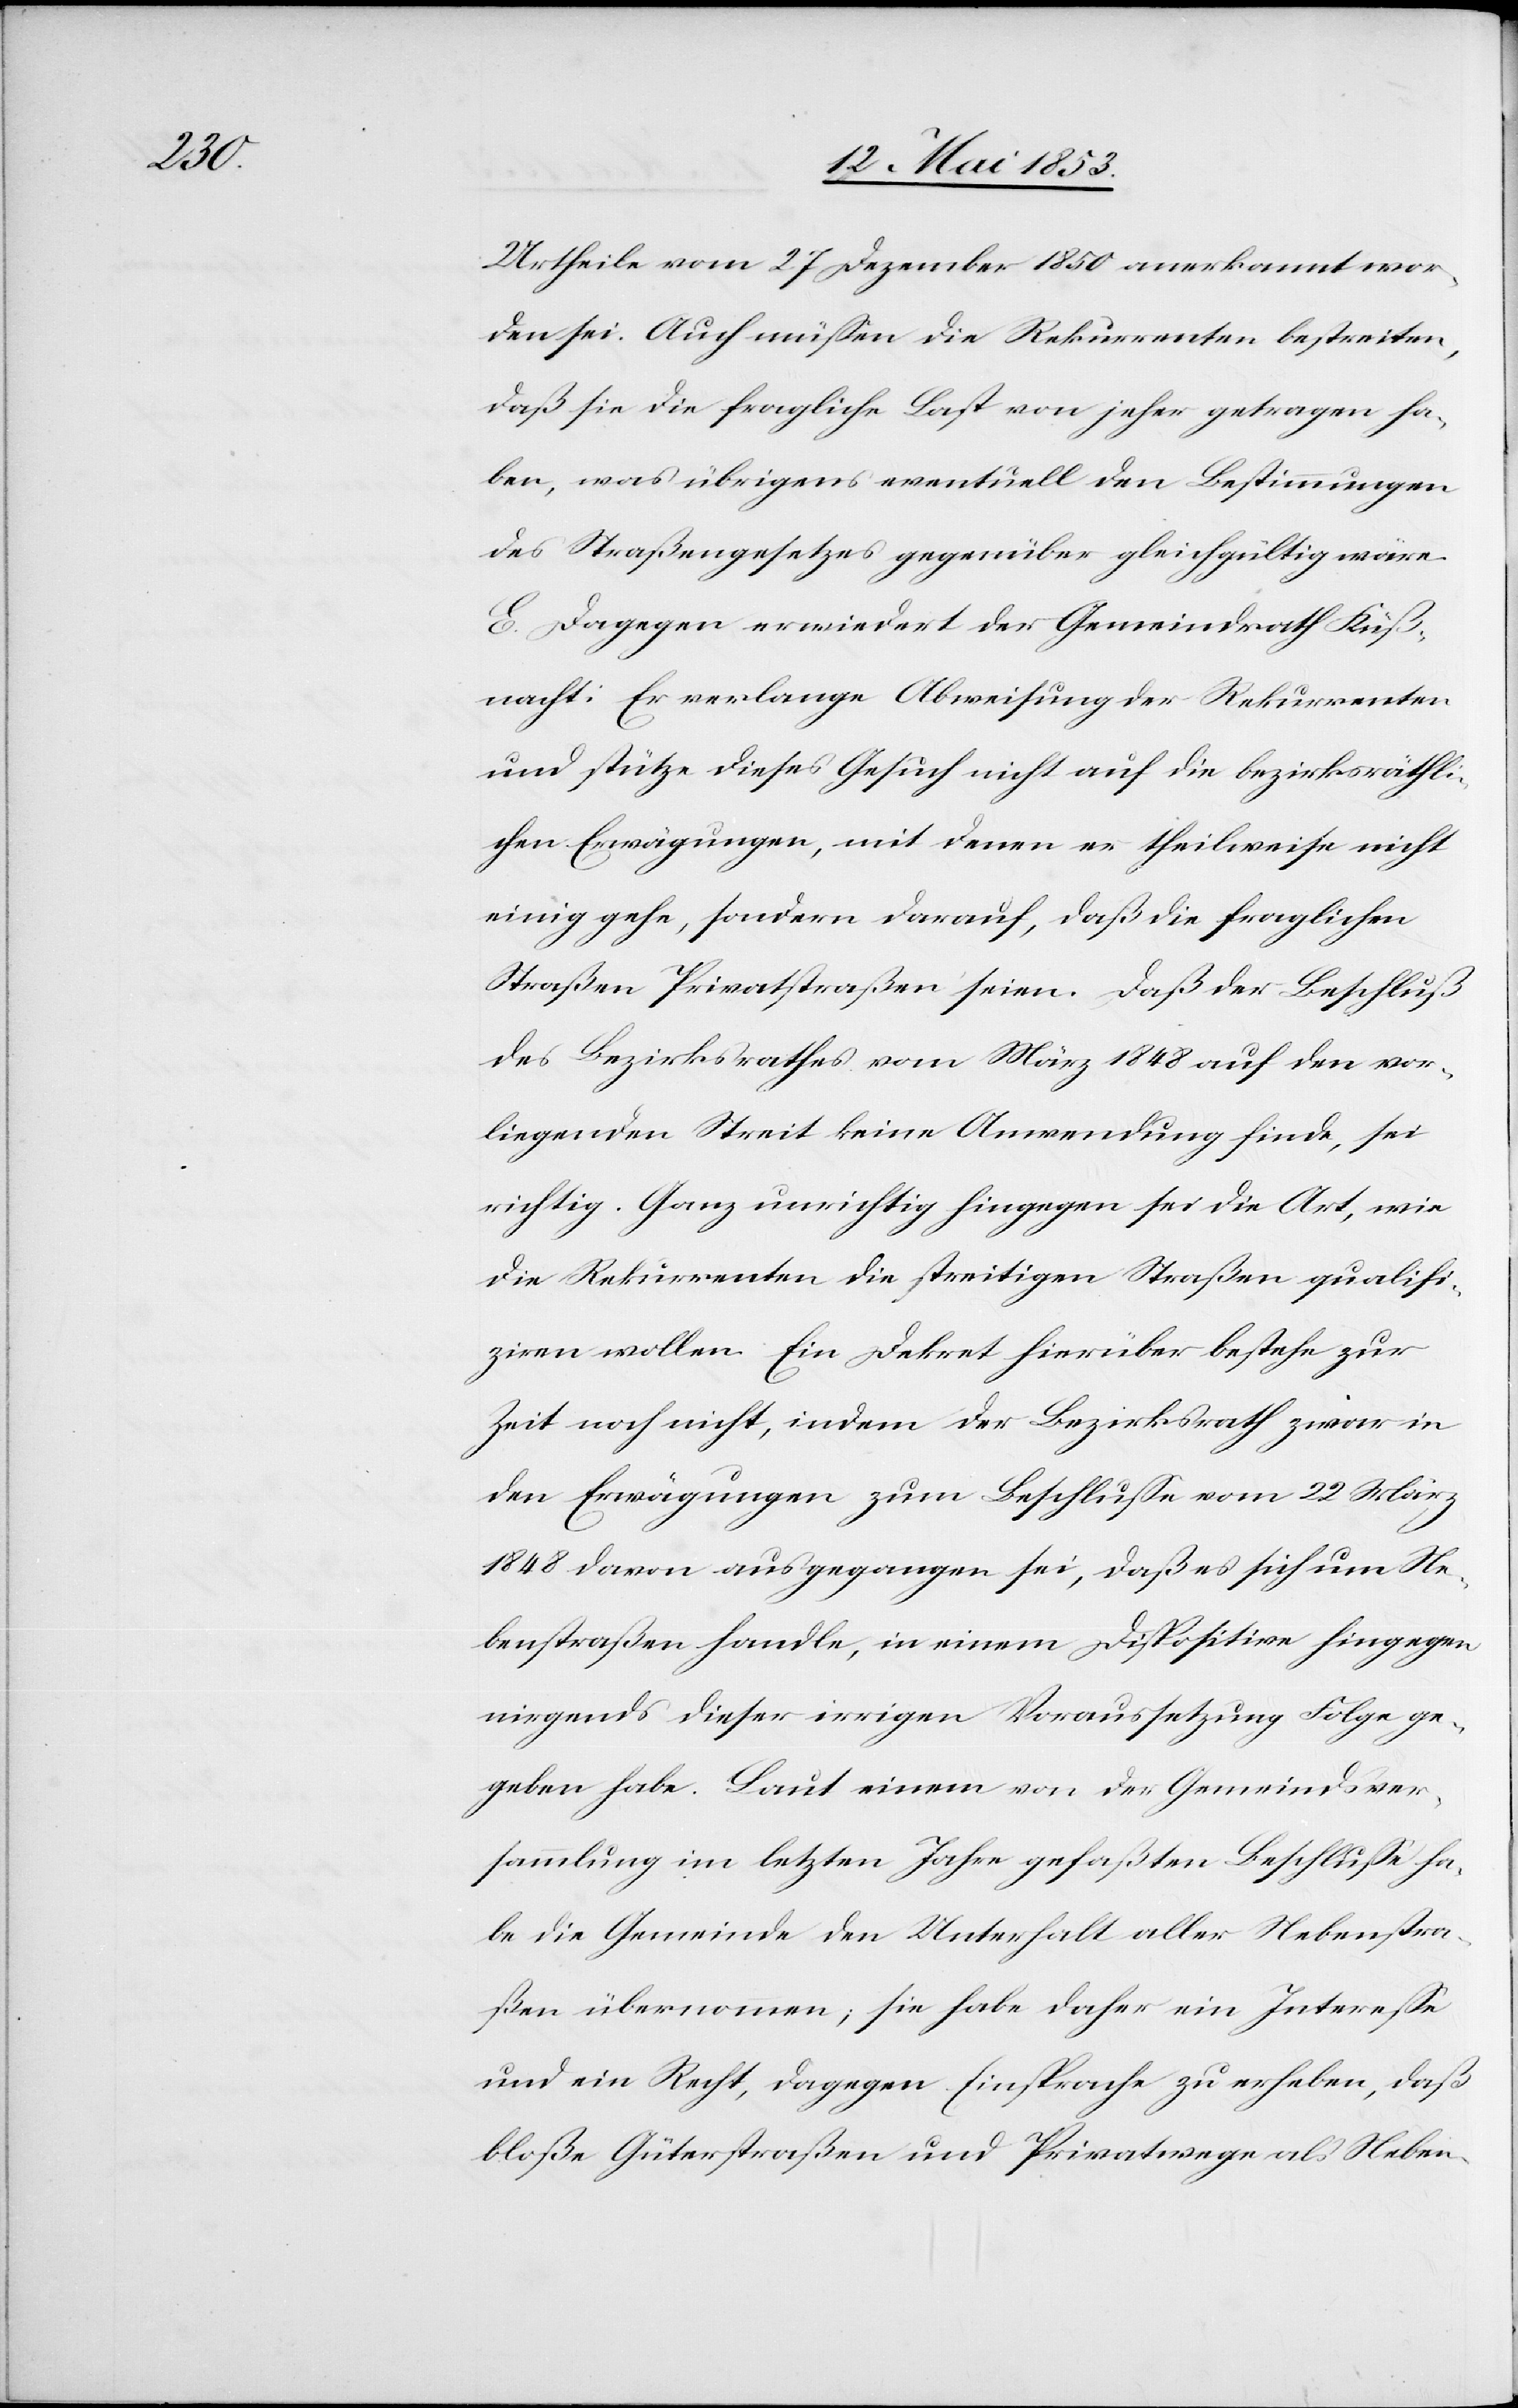
Urtheile vom 27 Dezember 1850 anerkannt wor¬
den sei. Auch müßen die Rekurrenten bestreiten,
daß sie die fragliche Last von jeher getragen ha¬
ben, was übrigens eventuell den Bestimmungen
des Straßengesetzes gegenüber gleichgültig wäre.
E. Dagegen erwiedert der Gemeindrath Küß¬
nacht: Er verlange Abweisung der Rekurrenten
und stütze dieses Gesuch nicht auf die bezirksräthli¬
chen Erwägungen, mit denen er theilweise nicht
einig gehe, sondern darauf, daß die fraglichen
Straßen Privatstraßen seien. Daß der Beschluß
des Bezirksrathes vom März 1848 auf den vor¬
liegenden Streit keine Anwendung finde, sei
richtig. Ganz unrichtig hingegen sei die Art, wie
die Rekurrenten die streitigen Straßen qualifi¬
ziren wollen. Ein Dekret hierüber bestehe zur
Zeit noch nicht, indem der Bezirksrath zuvor in
den Erwägungen zum Beschluße vom 22 März
1848 davon ausgegangen sei, daß es sich um Ne¬
benstraßen handle, in einem Dispositive hingegen
nirgends dieser irrigen Voraussetzung Folge ge¬
geben habe. Laut einem von der Gemeindsver¬
sammlung im letzten Jahre gefaßten Beschluße ha¬
be die Gemeinde den Unterhalt aller Nebenstra¬
ßen übernommen; sie habe daher ein Intereße
und ein Recht, dagegen Einsprache zu erheben, daß
bloße Güterstraßen und Privatwege als Neben-